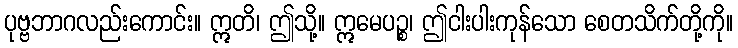
ပုဗ္ဗဘာဂလည်းကောင်း။ ဣတိ၊ ဤသို့။ ဣမေပဉ္စ၊ ဤငါးပါးကုန်သော စေတသိက်တို့ကို။